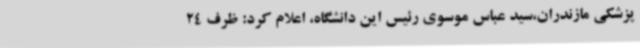
پزشکی مازندران،سید عباس موسوی رئیس این دانشگاه، اعلام کرد: ظرف 24